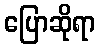
ပြောဆိုရာ